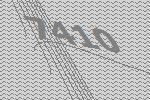
7410